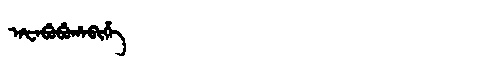
Manchu: ᠠᡶᠠᠪᡠᠪᡠᡥᠠᠪᡳᡥᡝ
Romanization: AFABUBUHABIHE